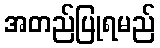
အတည်ပြုရမည်